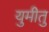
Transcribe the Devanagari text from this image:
युमीतु